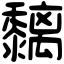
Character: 黐